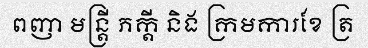
ពញា មន្ត្រី ភក្តី និង ក្រមការខែ ត្រ